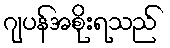
ဂျပန်အစိုးရသည်